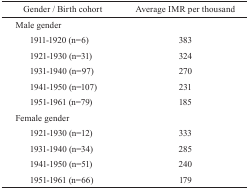
<table><thead><tr><td><b>Gender / Birth cohort</b></td><td><b>Average IMR per thousand</b></td></tr></thead><tbody><tr><td colspan="2">Male gender</td></tr><tr><td> 1911-1920 (n=6)</td><td>383</td></tr><tr><td> 1921-1930 (n=31)</td><td>324</td></tr><tr><td> 1931-1940 (n=97)</td><td>270</td></tr><tr><td> 1941-1950 (n=107)</td><td>231</td></tr><tr><td> 1951-1961 (n=79)</td><td>185</td></tr><tr><td colspan="2">Female gender</td></tr><tr><td> 1921-1930 (n=12)</td><td>333</td></tr><tr><td> 1931-1940 (n=34)</td><td>285</td></tr><tr><td> 1941-1950 (n=51)</td><td>240</td></tr><tr><td> 1951-1961 (n=66)</td><td>179</td></tr></tbody></table>